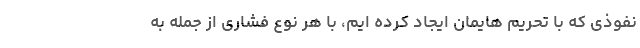
نفوذی که با تحریم هایمان ایجاد کرده ایم، با هر نوع فشاری از جمله به